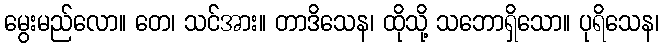
မွေးမည်လော။ တေ၊ သင်အား။ တာဒိသေန၊ ထိုသို့ သဘောရှိသော။ ပုရိသေန၊